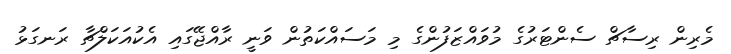
މެރިން ރިސާޗް ސެންޓަރުގެ މުވައްޒަފުންގެ މި މަސައްކަތުން ވަނީ ރާއްޖޭގައި އެކުއަކަލްޗާ ރަނގަޅު